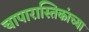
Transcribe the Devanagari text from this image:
चापारास्तिकांच्या